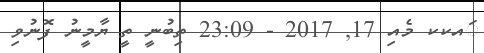
ަަައކކ މެއި 17